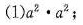
(1)$$a ^ { 2 } \cdot a ^ { 2 }$$；